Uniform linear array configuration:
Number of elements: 48
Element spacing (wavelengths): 0.25
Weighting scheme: binomial
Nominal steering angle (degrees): -30
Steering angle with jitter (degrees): -31.844
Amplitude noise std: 0.05
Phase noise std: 0.05

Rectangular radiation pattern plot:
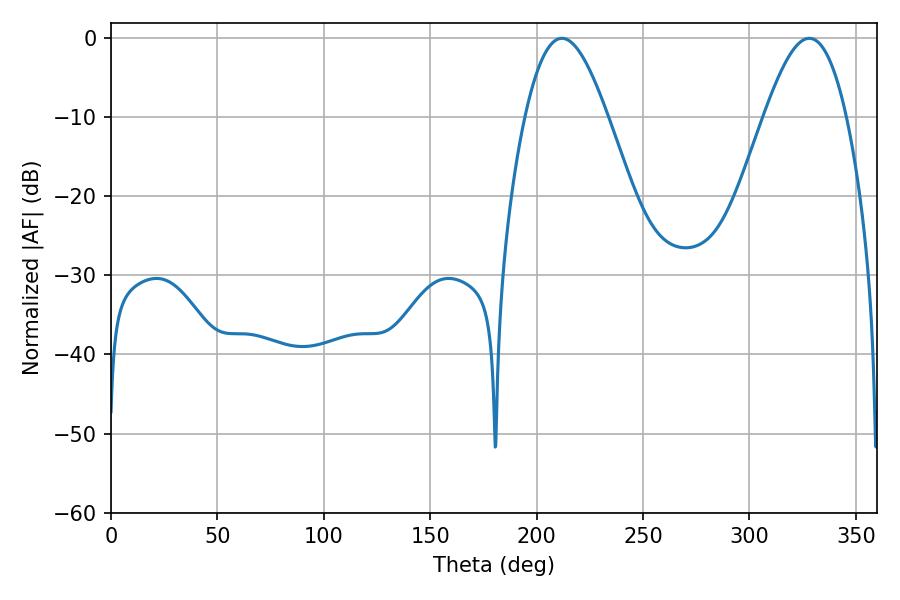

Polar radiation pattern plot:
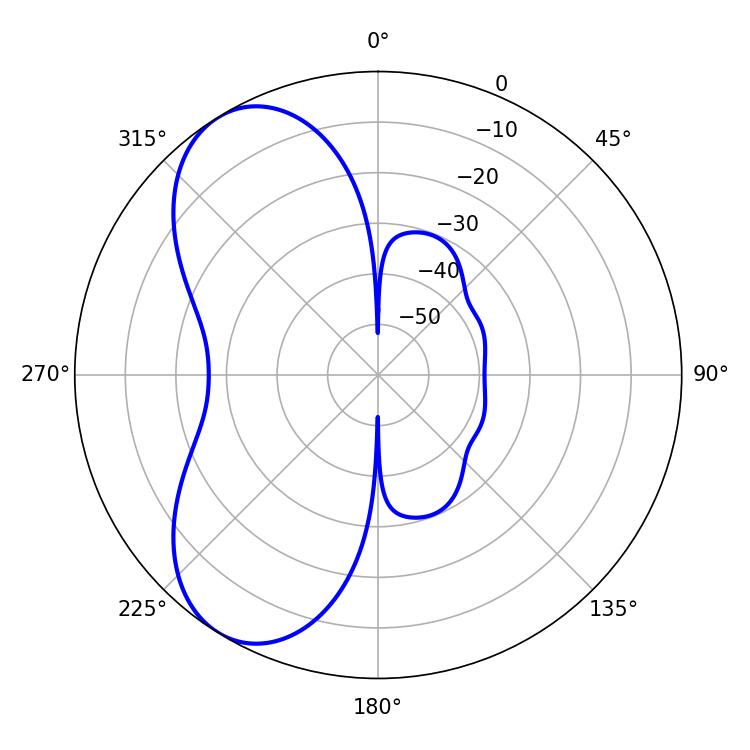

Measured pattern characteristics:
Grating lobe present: FALSE
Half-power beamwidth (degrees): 21.06
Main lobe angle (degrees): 211.86